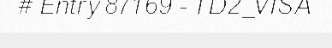
# Entry 87169 - TD2_VISA